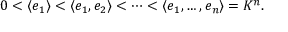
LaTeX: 0 < \left\langle e _ { 1 } \right\rangle < \left\langle e _ { 1 } , e _ { 2 } \right\rangle < \cdots < \left\langle e _ { 1 } , \ldots , e _ { n } \right\rangle = K ^ { n } .